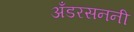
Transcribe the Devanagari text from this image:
अँडरसननी